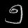
Digit: ၅